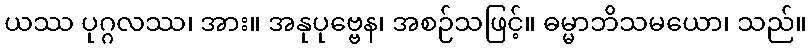
ယဿ ပုဂ္ဂလဿ၊ အား။ အနုပုဗ္ဗေန၊ အစဉ်သဖြင့်။ ဓမ္မာဘိသမယော၊ သည်။